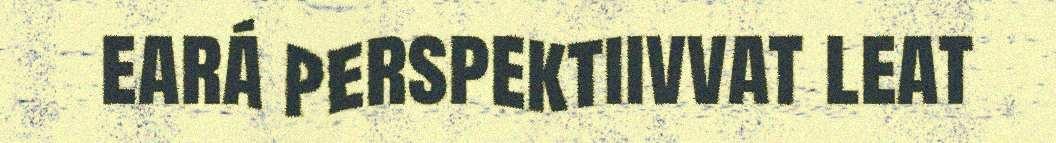
eará perspektiivvat leat